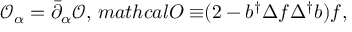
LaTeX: \mathcal { O } _ { \alpha } = \bar { \partial } _ { \alpha } \mathcal { O } , \, m a t h c a l { O \equiv } ( 2 - b ^ { \dag } \Delta f \Delta ^ { \dag } b ) f ,